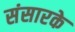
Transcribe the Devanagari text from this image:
संसारके